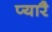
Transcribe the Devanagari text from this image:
प्यारै